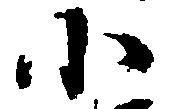
小